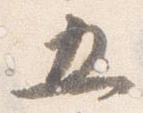
五